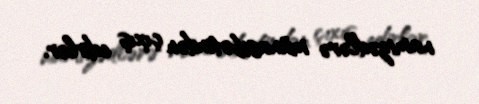
namizədlərə münasibətindən çıxış edirlər.